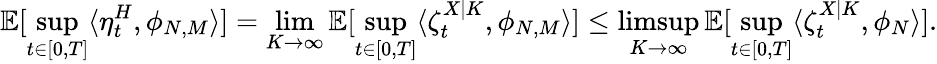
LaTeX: \mathbb{E}[\operatorname*{sup}_{t\in[0,T]}\langle\eta_{t}^{H},\phi_{N,M}\rangle]=\operatorname*{lim}_{K\to\infty}\mathbb{E}[\operatorname*{sup}_{t\in[0,T]}\langle\zeta_{t}^{X|K},\phi_{N,M}\rangle]\leq\operatorname*{limsup}_{K\to\infty}\mathbb{E}[\operatorname*{sup}_{t\in[0,T]}\langle\zeta_{t}^{X|K},\phi_{N}\rangle].